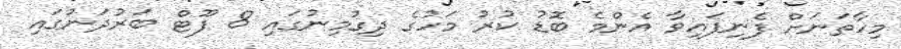
މިހާތަނަށް ފެނިފައިވާ އެންމެ ބޮޑު ކުރު މަހުގެ ދިގުމިނުގައި 8 ފޫޓް ބަރުދަނުގައި